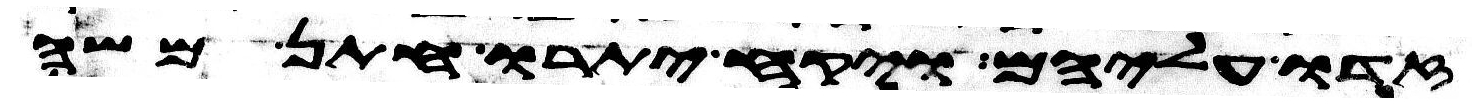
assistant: זדו עליהם ויקח יתרו חתן משה